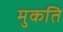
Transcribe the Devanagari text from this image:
मुकति